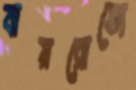
বায়রোতো